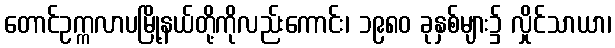
တောင်ဥက္ကလာပမြို့နယ်တို့ကိုလည်းကောင်း၊ ၁၉၈၀ ခုနှစ်များ၌ လှိုင်သာယာ၊